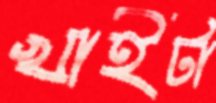
খাইটা